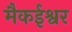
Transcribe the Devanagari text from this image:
मैकईश्वर